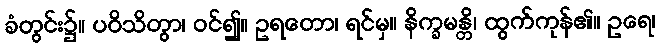
ခံတွင်း၌။ ပဝိသိတွာ၊ ဝင်၍။ ဥရတော၊ ရင်မှ။ နိက္ခမန္တိ၊ ထွက်ကုန်၏။ ဥရေ၊